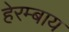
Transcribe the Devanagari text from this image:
हेरम्बाय